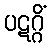
ပဋဂ္ဂိံ